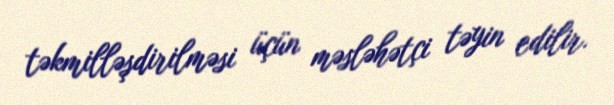
təkmilləşdirilməsi üçün məsləhətçi təyin edilir.